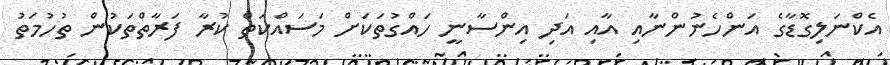
އެކްނަލިގޮޑާގެ އަންހެނުންނާއި އާއި އަދި އިންސާނީ ހައްގުތަކަށް މަސައްކަތް ކުރާ ފަރާތްތަކުން ތުހުމަތު